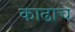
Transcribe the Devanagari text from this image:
काढाच